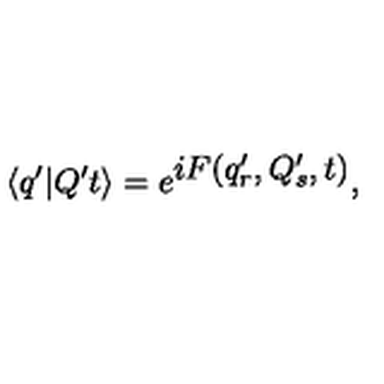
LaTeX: \langle q ^ { \prime } | Q ^ { \prime } t \rangle = e ^ { \textstyle { i F ( q _ { r } ^ { \prime } , Q _ { s } ^ { \prime } , t ) } } ,